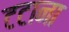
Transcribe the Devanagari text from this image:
टटाना